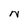
Character: N